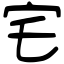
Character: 宅